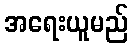
အရေးယူမည်